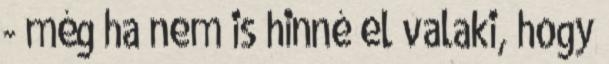
- még ha nem is hinné el valaki, hogy